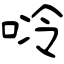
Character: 唥